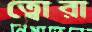
ত্বোরা